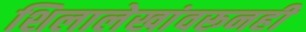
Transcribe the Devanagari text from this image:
शिलालेखांवरूनही